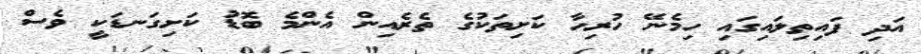
އަދި ފައިތިލައިގައި ހިމެނޭ ހުރިހާ ކަށިތަކުގެ ތެރެއިން އެންމެ ބޮޑު ކަށިގަނޑަކީ ވެސް